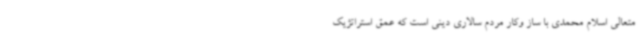
متعالی اسلام محمدی با ساز وکار مردم سالاری دینی است که عمق استراتژیک